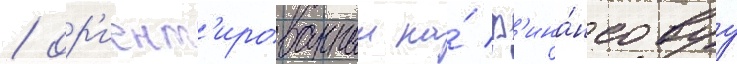
/ ор'иент'ированныи на́ ф'ина́нсовуу